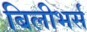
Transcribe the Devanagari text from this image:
बिलीभर्स